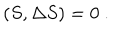
( S , \Delta S ) = 0 \ .